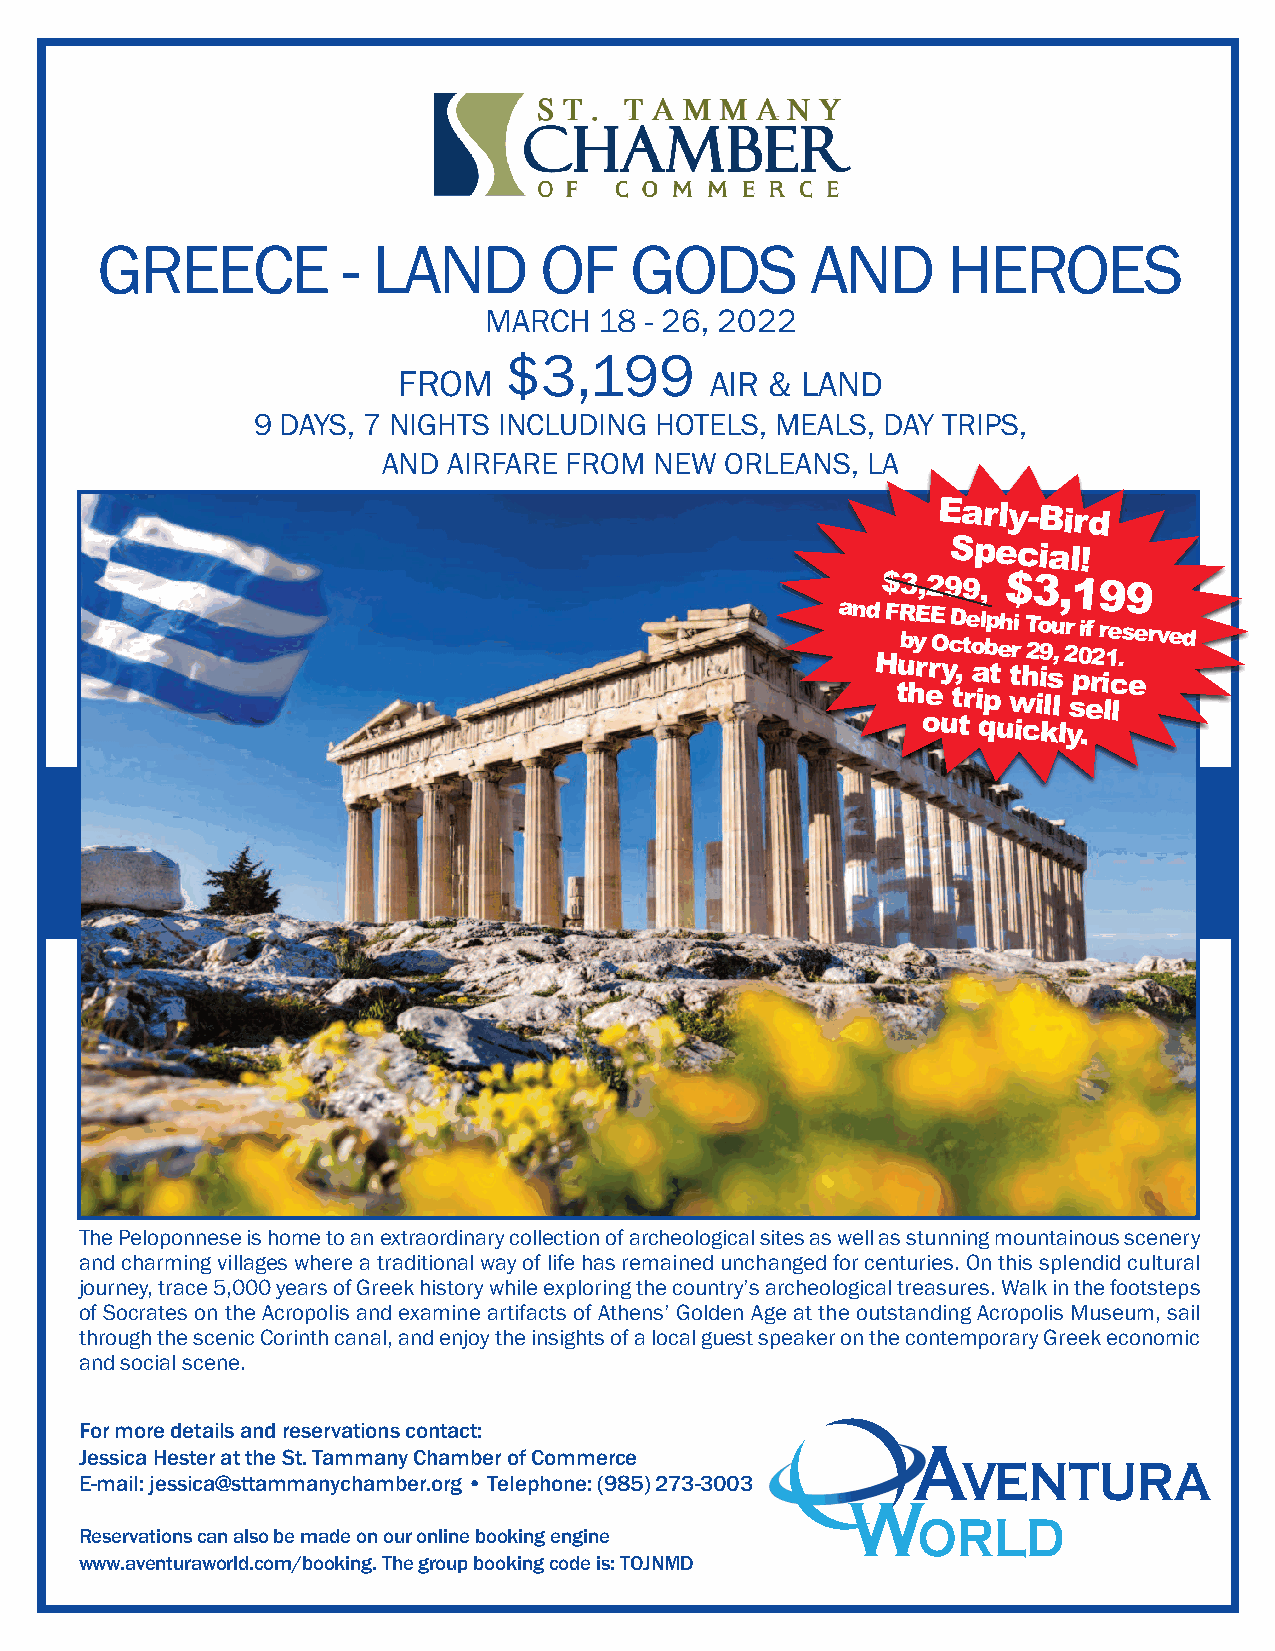
GREECE           - LAND       OF    GODS        AND      HEROES
 MARCH   18 - 26, 2022
 $3,199
 FROM                 AIR & LAND
 9 DAYS, 7 NIGHTS INCLUDING HOTELS, MEALS, DAY TRIPS,
 AND  AIRFARE FROM NEW  ORLEANS, LA
 Early-Bird
 Special!
 and
 H
 $
 F
 uR3
 by
 rE, 2
 rE O
 y9
 cD
 ,9
 t e o
 a,
 l bp
 t
 eh
 $
 tri hT
 23
 o i9 su
 ,, 2r1
 p
 0if r2
 9
 r i1e
 c.s9
 eer v e d
 the trip
 will sell
 out quickly.
 The Peloponnese is home to an extraordinary collection of archeological sites as well as stunning mountainous scenery
 and charming villages where a traditional way of life has remained unchanged for centuries. On this splendid cultural
 journey, trace 5,000 years of Greek history while exploring the country’s archeological treasures. Walk in the footsteps
 of Socrates on the Acropolis and examine artifacts of Athens’ Golden Age at the outstanding Acropolis Museum, sail
 through the scenic Corinth canal, and enjoy the insights of a local guest speaker on the contemporary Greek economic
 and social scene.
 For more details and reservations contact:
 Jessica Hester at the St. Tammany Chamber of Commerce
 E-mail: jessica@sttammanychamber.org • Telephone: (985) 273-3003
 Reservations can also be made on our online booking engine
 www.aventuraworld.com/booking. The group booking code is: TOJNMD